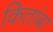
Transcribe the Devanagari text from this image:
कितांबा